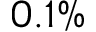
0 . 1 \%